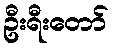
ဦးရီးတော်